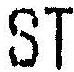
ST